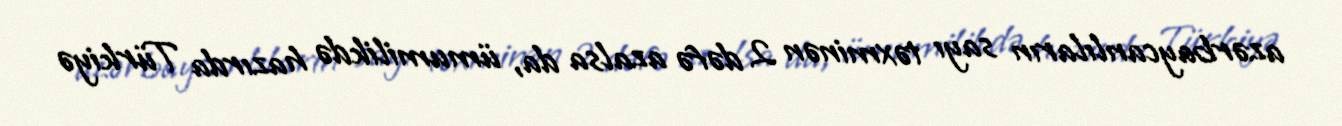
azərbaycanlıların sayı təxminən 2 dəfə azalsa da, ümumilikdə hazırda Türkiyə